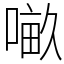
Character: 𠺖